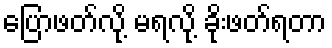
ပြောဖတ်လို့ မရလို့ ခိုးဖတ်ရတာ